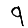
Digit: 9